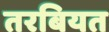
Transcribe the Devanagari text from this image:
तरबियत